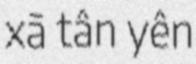
xã tân yên